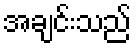
အချင်းသည်